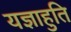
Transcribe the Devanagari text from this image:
यज्ञाहुति